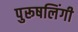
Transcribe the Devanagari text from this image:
पुरूषलिंगी